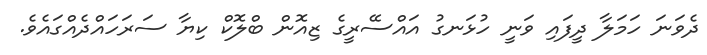
ދެވަނަ ހަމަލާ ދީފައި ވަނީ ހުޅަނގު އައްސޭރީގެ ޒިއޮން ބްލޮކް ކިޔާ ސަރަހައްދެއްގައެވެ.